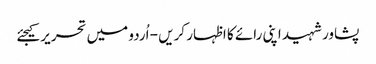
پشاورشہید اپنی رائے کا اظہار کریں - اُردو میں تحریر کیجئے